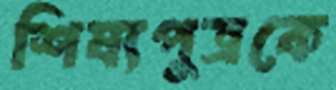
শিষ্যপুত্রকে